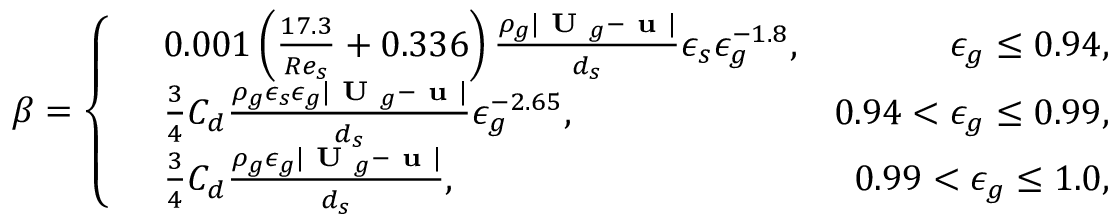
\beta = \left\{ \begin{array} { r l r } & { 0 . 0 0 1 \left( \frac { 1 7 . 3 } { R e _ { s } } + 0 . 3 3 6 \right) \frac { \rho _ { g } | \textbf { U } _ { g } - \textbf { u } | } { d _ { s } } \epsilon _ { s } \epsilon _ { g } ^ { - 1 . 8 } , } & { \epsilon _ { g } \le 0 . 9 4 , } \\ & { \frac { 3 } { 4 } C _ { d } \frac { \rho _ { g } \epsilon _ { s } \epsilon _ { g } | \textbf { U } _ { g } - \textbf { u } | } { d _ { s } } \epsilon _ { g } ^ { - 2 . 6 5 } , } & { 0 . 9 4 < \epsilon _ { g } \le 0 . 9 9 , } \\ & { \frac { 3 } { 4 } C _ { d } \frac { \rho _ { g } \epsilon _ { g } | \textbf { U } _ { g } - \textbf { u } | } { d _ { s } } , } & { 0 . 9 9 < \epsilon _ { g } \le 1 . 0 , } \end{array} \right.